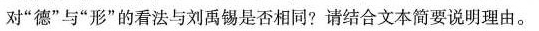
对”德”与”形”的看法与刘禹锡是否相同?请结合文本简要说明理由。